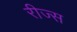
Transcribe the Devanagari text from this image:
रीज्स